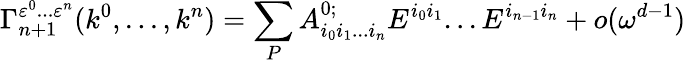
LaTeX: \Gamma_{n+1}^{\varepsilon^{0}...\varepsilon^{n}}(k^{0},...,k^{n})=\sum_{P}A_{i_{0}i_{1}...i_{n}}^{0;}E^{i_{0}i_{1}}...E^{i_{n-1}i_{n}}+o(\omega^{d-1})